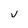
Character: U